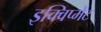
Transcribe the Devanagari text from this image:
इक्विप्मेंट